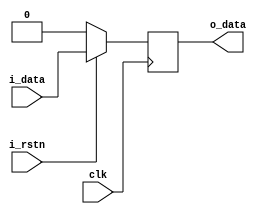
module dff_sync
(
	input		i_rstn,
	input		clk,
	input		i_data,
	output reg	o_data
);


always @(posedge clk) begin
	if(!i_rstn) begin
		o_data <= 1'b0;
	end else begin
		o_data <= i_data;
	end
end

endmodule


module dff_async
(
	input		i_rstn,
	input		clk,
	input		i_data,
	output reg	o_data
);


always @(posedge clk or negedge i_rstn) begin
	if(!i_rstn) begin
		o_data <= 1'b0;
	end else begin
		o_data <= i_data;
	end
end

endmodule